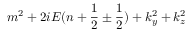
m ^ { 2 } + 2 i E ( n + { \frac { 1 } { 2 } } \pm { \frac { 1 } { 2 } } ) + k _ { y } ^ { 2 } + k _ { z } ^ { 2 }